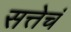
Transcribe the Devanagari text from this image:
सत्तेचं